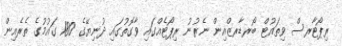
ރިޕޯޓާރސް ވިތައުޓް ބޯރޑާރޒްއިން ނެރުނު ރިޕޯޓެއްގައި ވާގޮތުގައި ދުނިޔޭގެ 180 ގައުމުގެ ތެރެއިން